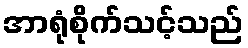
အာရုံစိုက်သင့်သည်